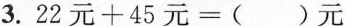
3. $$22元+45元=（ ）元$$